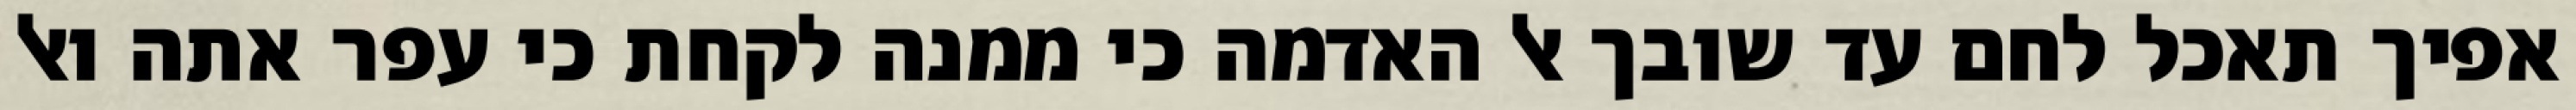
אפיך תאכל לחם עד שובך אל האדמה כי ממנה לקחת כי עפר אתה ואל